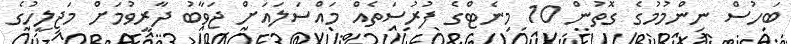
ބަހުސް ނިންމުމުގެ ގޮތުން 10 މިނެޓްގެ ފުރުސަތެއް މައްސަލައަށް ޖަވާބު ދާރީވުމަށް މަޖިލީހުގެ